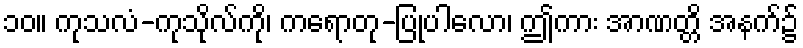
၁၀။ ကုသလံ-ကုသိုလ်ကို၊ ကရောတု-ပြုပါလော၊ ဤကား အာဏတ္တိ အနက်၌